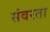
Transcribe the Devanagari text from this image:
संवरता